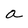
Character: a